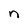
Character: n